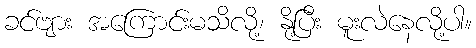
ခင်ဗျား အကြောင်းမသိလို့၊ နို့ပြီး မူးလဲနေလို့ပါ။